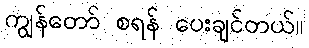
ကျွန်တော် စရန် ပေးချင်တယ်။